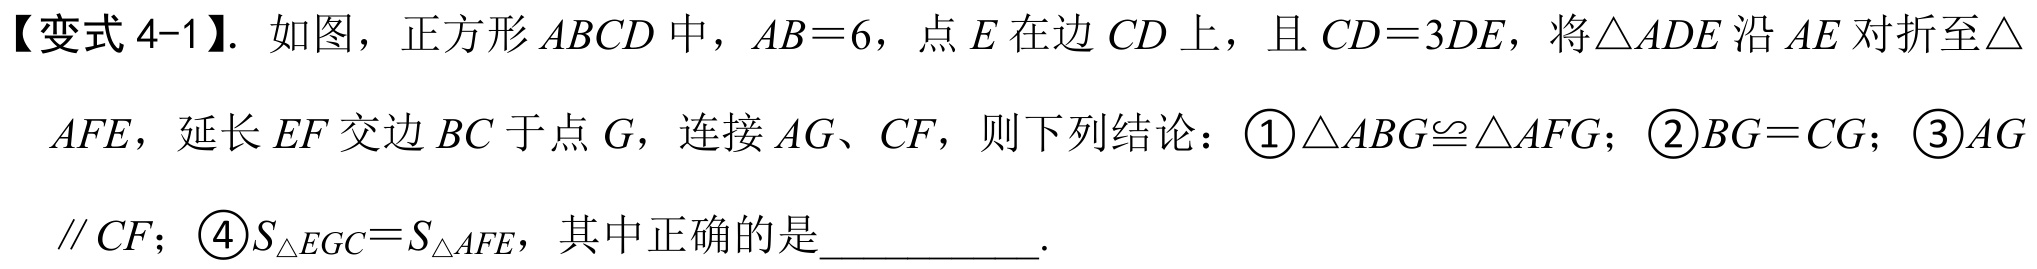
【变式 4-1】. 如图，正方形 \(ABCD\) 中，\(AB = 6\)，点 \(E\) 在边 \(CD\) 上，且 \(CD = 3DE\)，将 \(\triangle ADE\) 沿 \(AE\) 对折至 \(\triangle\)
\(AFE\)，延长 \(EF\) 交边 \(BC\) 于点 \(G\)，连接 \(AG\)、\(CF\)，则下列结论：\(\textcircled{1}\triangle ABG\cong\triangle AFG\)；\(\textcircled{2}BG = CG\)；\(\textcircled{3}AG\)
\(\parallel CF\)；\(\textcircled{4}S_{\triangle EGC}=S_{\triangle AFE}\)，其中正确的是___________.